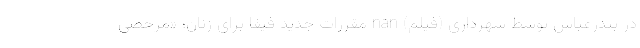
در بندرعباس توسط شهرداری (فیلم) nan مقررات جدید فیفا برای زنان؛ «مرخصی